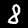
Label: 8